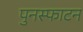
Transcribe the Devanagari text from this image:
पुनस्फाटन